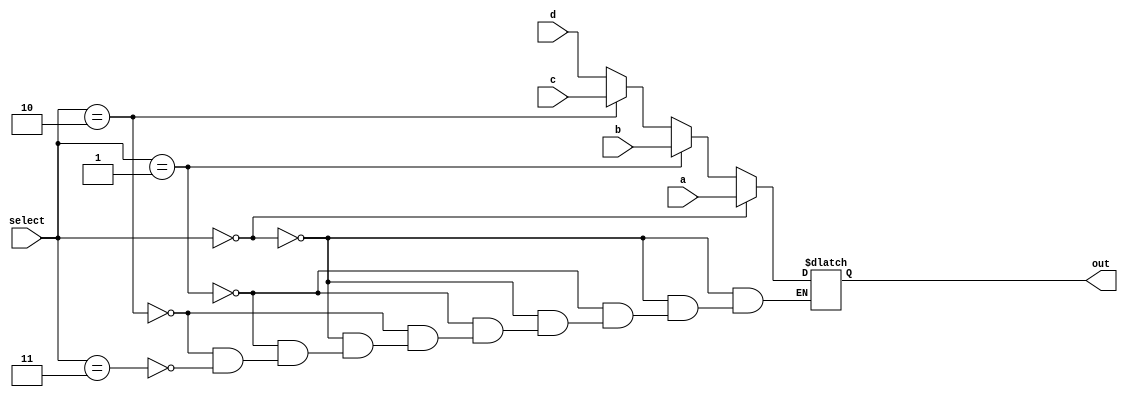
`timescale 1ns / 1ps
//////////////////////////////////////////////////////////////////////////////////
// Company: 
// Engineer: 
// 
// Design Name: 
// Module Name:    MUX41_5 
// Project Name: 
// Target Devices: 
// Tool versions: 
// Description: 
//
// Dependencies: 
//
// Revision: 
// Revision 0.01 - File Created
// Additional Comments: 
//
//////////////////////////////////////////////////////////////////////////////////
module MUX41_5(input [4:0] a, input [4:0] b,input [4:0] c, input [4:0] d, input [1:0] select, output reg [4:0] out);

	always@(*)
		begin
			if(select==2'b00)
			begin
				out = a;
			end
			else if(select==2'b01)
			begin
				out = b;
			end
			else if(select==2'b10)
			begin
				out = c;
			end
			else if(select==2'b11)
			begin
				out = d;
			end
		end

endmodule